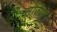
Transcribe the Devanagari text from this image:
संजियो